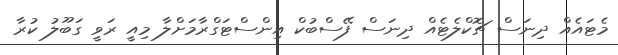
މެޓައެއް ދިނަސް ޗޮކްލެޓެއް ދިނަސް ފޭސްބުކް އިންސްޓަގްރާމަށްލާ މިއީ ރަވީ ގަބޫލު ކުރާ